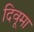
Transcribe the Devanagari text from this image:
दिवूमा